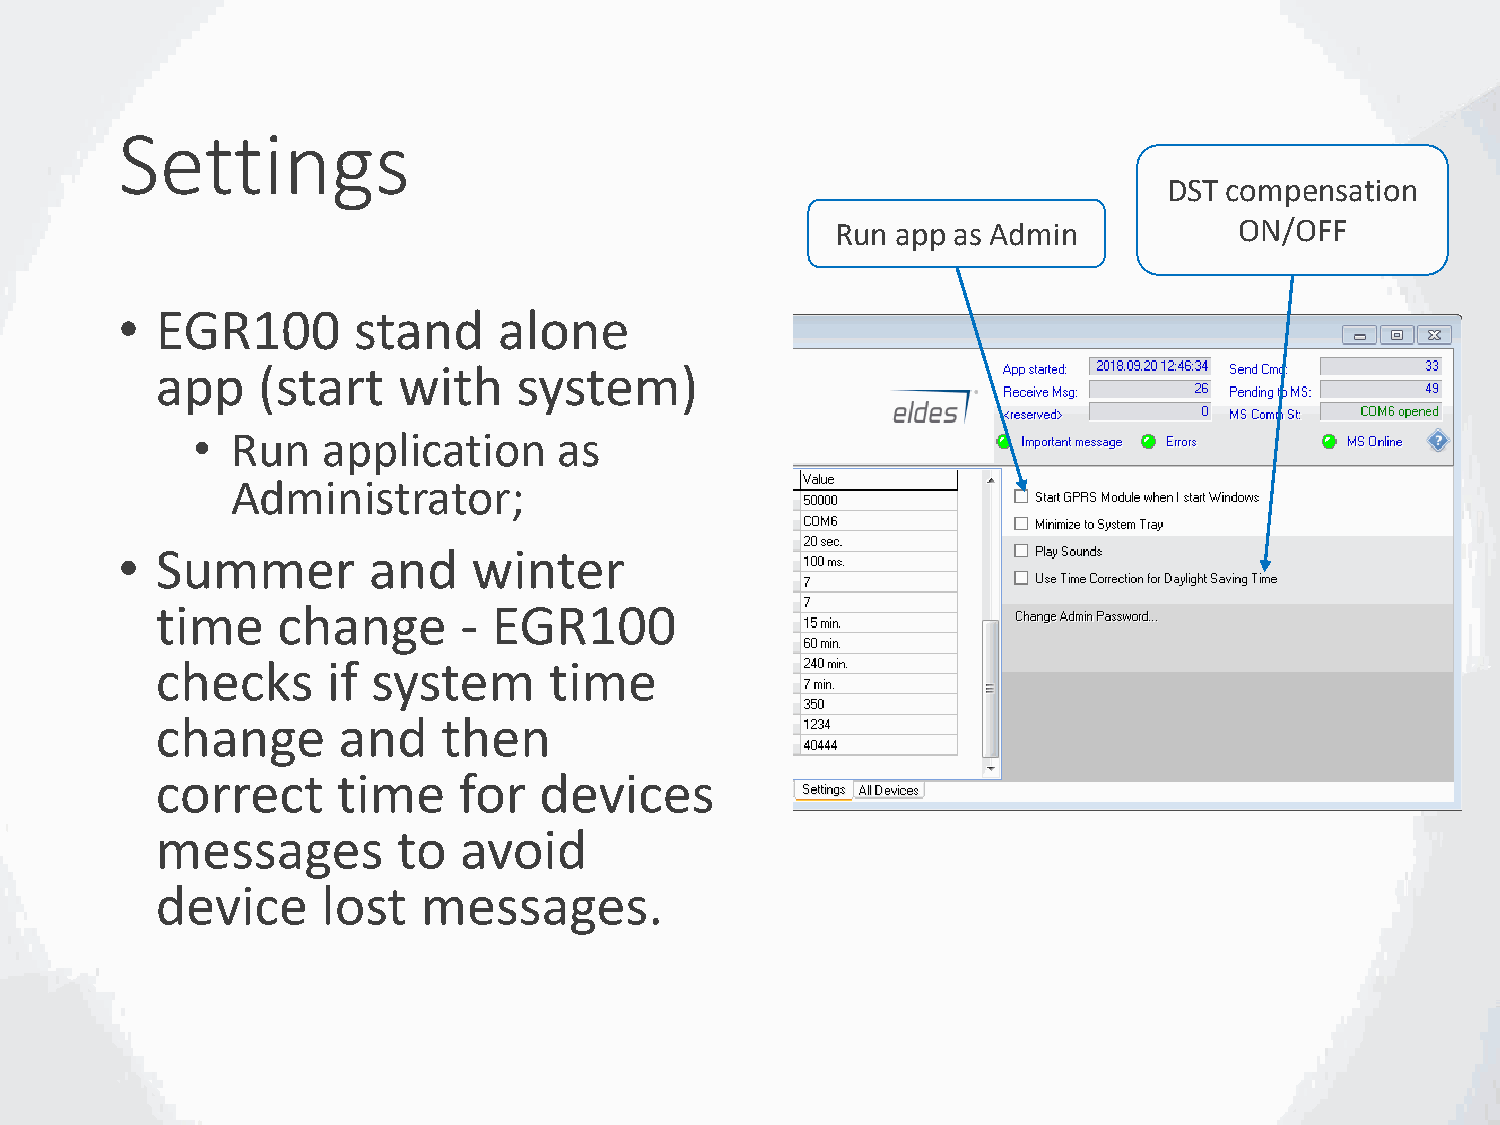
Settings
 DST compensation
 Run app as Admin           ON/OFF
 • EGR100       stand     alone
 app    (start   with    system)
 • Run   application     as
 Administrator;
 • Summer        and    winter
 time    change      -  EGR100
 checks      if system     time
 change      and    then
 correct     time    for   devices
 messages        to  avoid
 device     lost   messages.